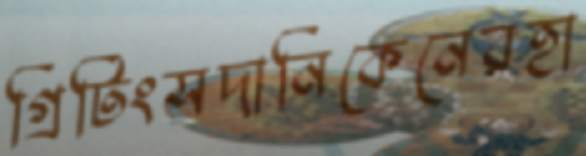
গ্রিটিংসদানিকেনেরহা